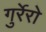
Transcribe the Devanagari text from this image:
गुर्रेरो